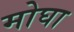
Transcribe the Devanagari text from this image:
मोघा